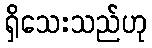
ရှိသေးသည်ဟု